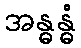
အန္ဓန္ဓံ